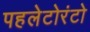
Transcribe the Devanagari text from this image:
पहलेटोरंटो